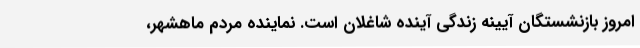
امروز بازنشستگان آیینه‌ زندگی آینده شاغلان است. نماینده مردم ماهشهر،